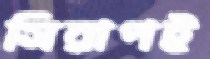
সিরাপই